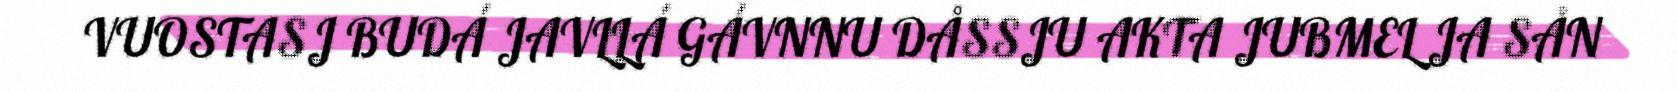
VUOSTASJ BUDÁ JAVLLÁ GÁVNNU DÅSSJU AKTA JUBMEL JA SÅN